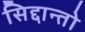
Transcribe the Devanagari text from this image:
सिद्दान्तो